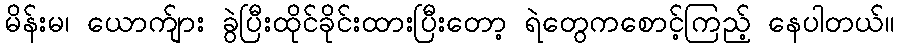
မိန်းမ၊ ယောက်ျား ခွဲပြီးထိုင်ခိုင်းထားပြီးတော့ ရဲတွေကစောင့်ကြည့် နေပါတယ်။